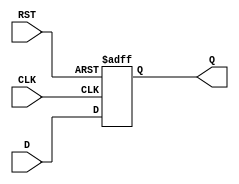
module IntermediateRegister (
    input wire D,      // Data input
    input wire CLK,    // Clock input
    input wire RST,    // Asynchronous reset
    output reg Q       // Data output
);

// Asynchronous reset and data capture on rising edge of CLK
always @(posedge CLK or posedge RST) begin
    if (RST) begin
        Q <= 1'b0;    // Reset output to zero
    end else begin
        Q <= D;       // Capture data input on rising edge of CLK
    end
end

endmodule